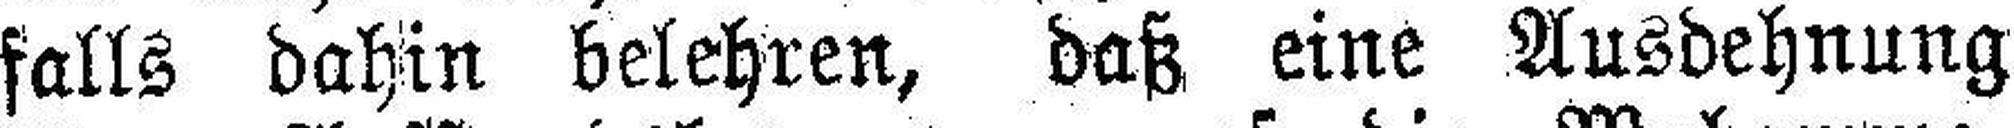
falls dahin belehren, daß eine Ausdehnung